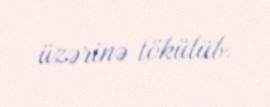
üzərinə tökülüb.